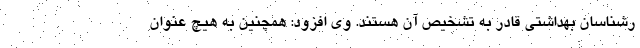
رشناسان بهداشتی قادر به تشخیص آن هستند. وی افزود: همچنین به هیچ عنوان